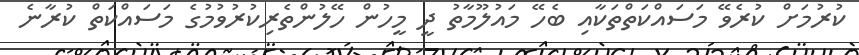
ކުރުމަށް ކުރެވޭ މަސައްކަތްތަކާއި ބެހޭ މައުލޫމާތު ދީ މީހުން ހޭލުންތެރިކުރުވުމުގެ މަސައްކަތް ކުރާނެ